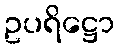
ဥပရိဋ္ဌော